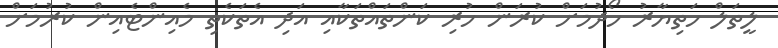
ލީތަލް ހަތިޔާރު ހޯދުމަށް ކުރަން ހުރި ކަންތައްތަކާއި އަދި އެތަކެތި މެއިންޓެއިން ކުރުމަށް